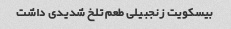
بیسکویت زنجبیلی طعم تلخ شدیدی داشت